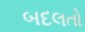
બદલતો